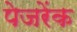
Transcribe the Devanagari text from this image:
पेजरेंक